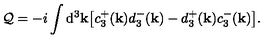
{ \cal Q } = - i \int \mathrm { d } ^ { 3 } { \bf k } \big [ c _ { 3 } ^ { + } ( { \bf k } ) d _ { 3 } ^ { - } ( { \bf k } ) - d _ { 3 } ^ { + } ( { \bf k } ) c _ { 3 } ^ { - } ( { \bf k } ) \big ] .